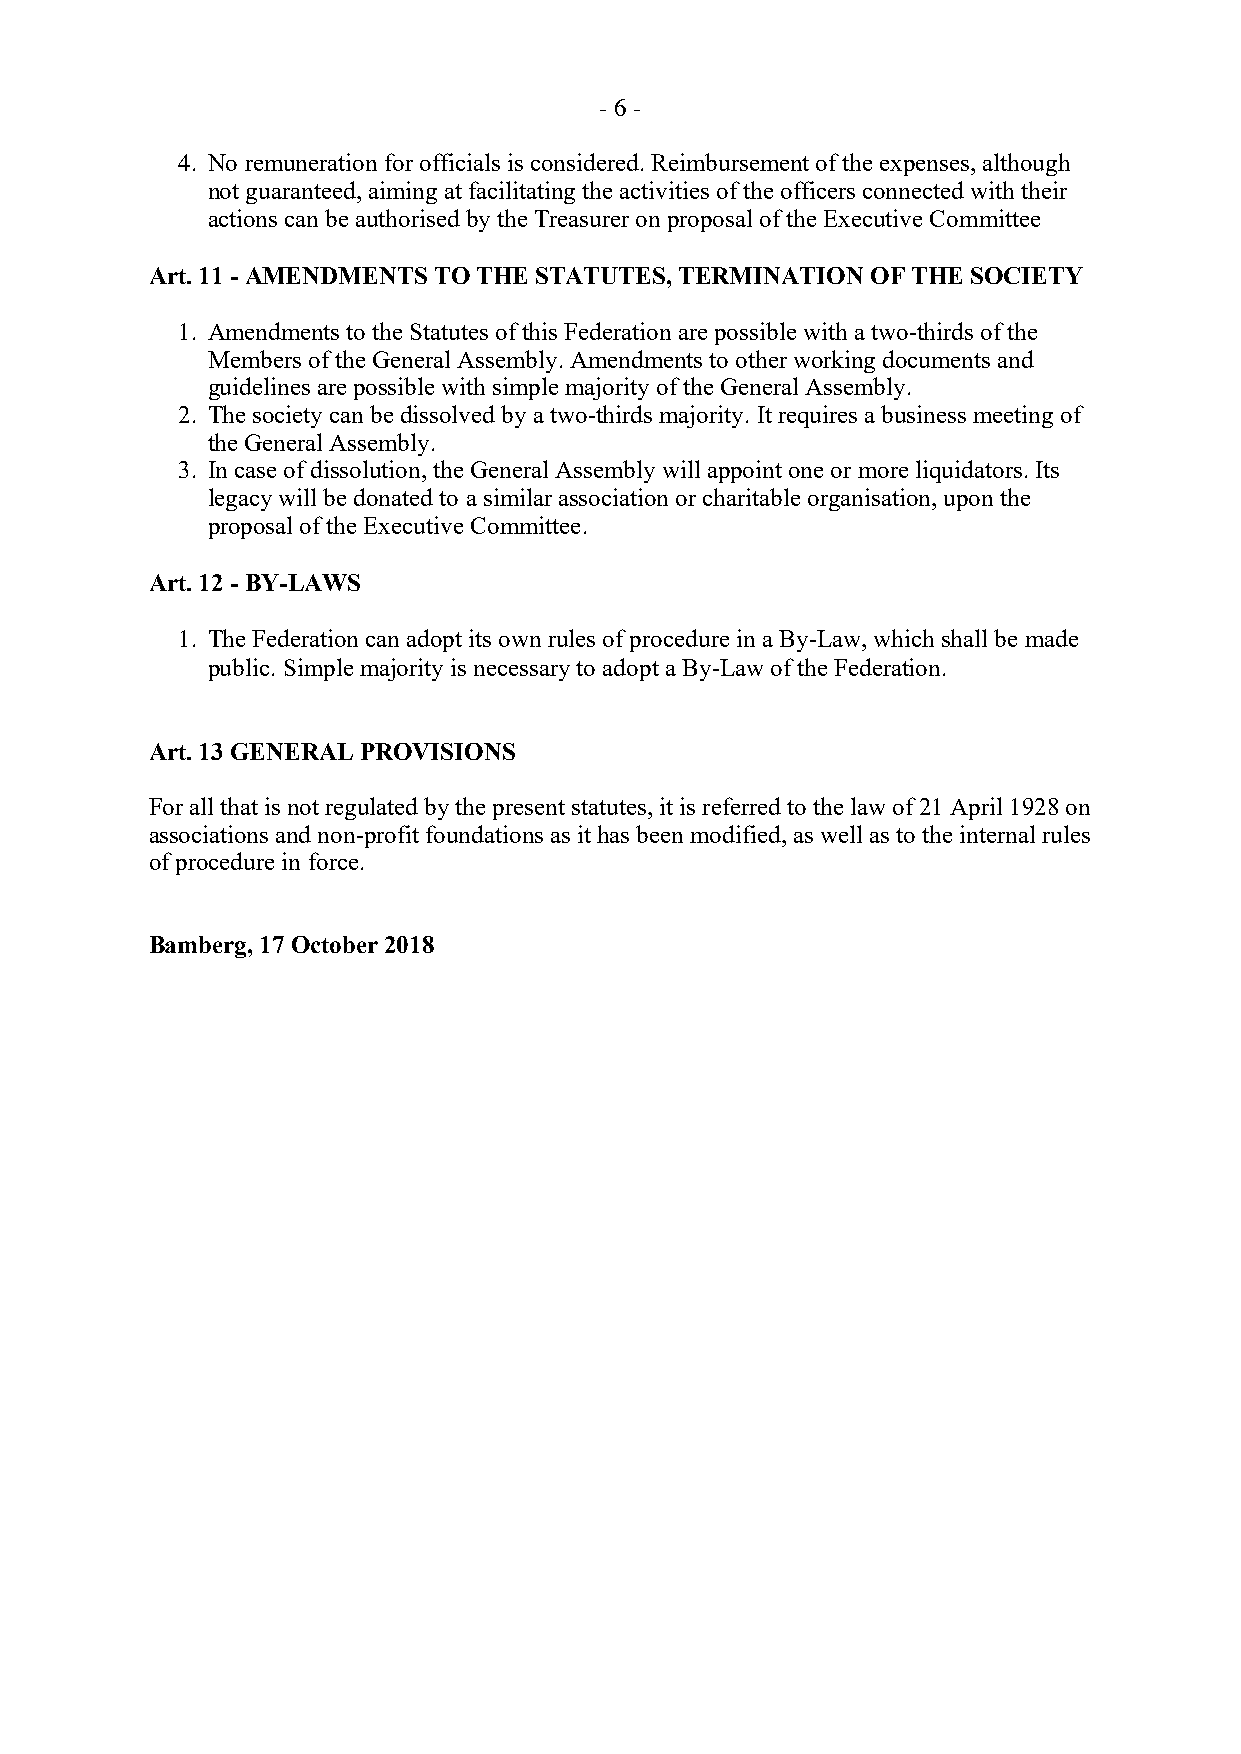
- 6 -
 4. No remuneration for officials is considered. Reimbursement of the expenses, although
 not guaranteed, aiming at facilitating the activities of the officers connected with their
 actions can be authorised by the Treasurer on proposal of the Executive Committee
 Art. 11 - AMENDMENTS TO THE STATUTES, TERMINATION OF THE SOCIETY
 1. Amendments to the Statutes of this Federation are possible with a two-thirds of the
 Members of the General Assembly. Amendments to other working documents and
 guidelines are possible with simple majority of the General Assembly.
 2. The society can be dissolved by a two-thirds majority. It requires a business meeting of
 the General Assembly.
 3. In case of dissolution, the General Assembly will appoint one or more liquidators. Its
 legacy will be donated to a similar association or charitable organisation, upon the
 proposal of the Executive Committee.
 Art. 12 - BY-LAWS
 1. The Federation can adopt its own rules of procedure in a By-Law, which shall be made
 public. Simple majority is necessary to adopt a By-Law of the Federation.
 Art. 13 GENERAL PROVISIONS
 For all that is not regulated by the present statutes, it is referred to the law of 21 April 1928 on
 associations and non-profit foundations as it has been modified, as well as to the internal rules
 of procedure in force.
 Bamberg, 17 October 2018